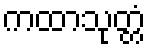
ကထာသုတ္တံ